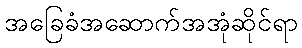
အခြေခံအဆောက်အအုံဆိုင်ရာ